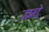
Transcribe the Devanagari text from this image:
जादे